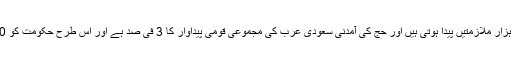
حج کے موقع پر عارضی طور پر 60 ہزار ملازمتیں پیدا ہوتی ہیں اور حج کی آمدنی سعودی عرب کی مجموعی قومی پیداوار کا 3 فی صد ہے اور اس طرح حکومت کو 20 ارب ڈالر کی آمدنی حاصل ہوتی ہے۔